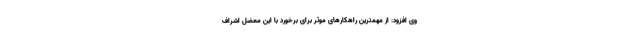
وی افزود: از مهمترین راهکارهای موثر برای برخورد با این معضل اشراف